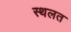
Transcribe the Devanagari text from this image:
स्थलत